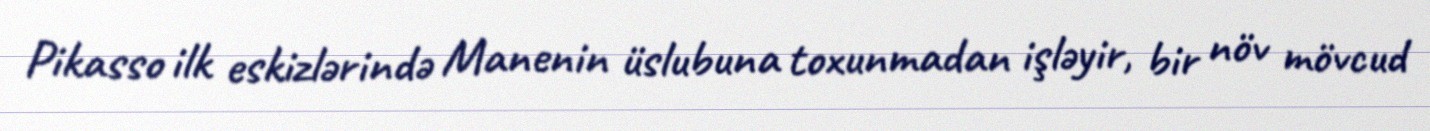
Pikasso ilk eskizlərində Manenin üslubuna toxunmadan işləyir, bir növ mövcud